Calcutta medical institutions reports 1892-1900
Year: 1892
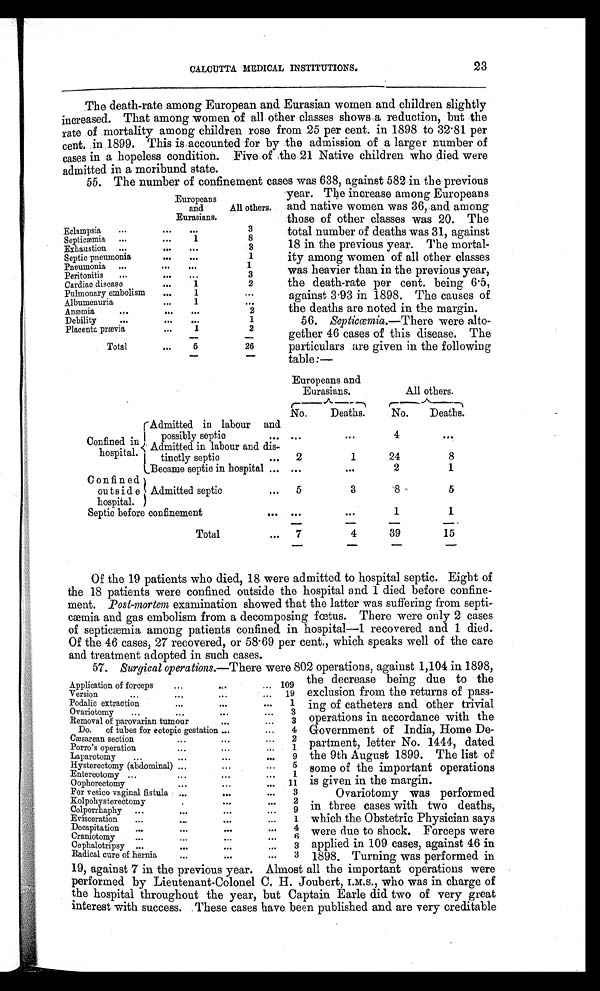
23
CALCUTTA MEDICAL INSTITUTIONS.
The death-rate among European and Eurasian women and children slightly
increased. That among women of all other classes shows a reduction, but the
rate of mortality among children rose from 25 per cent. in 1898 to 32.81 per
cent. in 1899. This is accounted for by the admission of a larger number of
cases in a hopeless condition. Five of the 21 Native children who died were
admitted in a moribund. state.
55. The number of confinement cases was 638, against 582 in the previous
Europeans
and
Eurasians.
All others.
Eclampsia
...
. . .
. . .
3
Septicæmia ...
. . .
1
8
Exhaustion ...
. . .
. . .
3
Septic pneumonia
. . . . . .
1
Pneumonia ...
...
. . .
1
Peritonitis ...
. . . ...
3
Cardiac disease
...
1
2
Pulmonary embolism
. . .
1
. . .
Albumenuria
...
1
. . .
Anæmia
...
. . .
. . .
2
Debility
...
...
...
1
Placenta prævia
. . .
1
2
Total
. . .
5
26
year. The increase among Europeans
and native women was 36, and among
those of other classes was 20. The
total number of deaths was 31, against
18 in the previous year. The mortal-
ity among women of all other classes
was heavier than in the previous year,
the death-rate per cent. being 6.5,
against 3.93 in 1898. The causes of
the deaths are noted in the margin.
56. Sept i cœmi a. —T h e r e
were alto-
gether 46 cases of this disease. The
particulars are given in the following
table:—
Europeans and
Eurasians.
All others.
No.
Deaths.
No.
Deaths.
Confined in hospital.
Admitted in labour and
possibly septic ...
. . . . . .
4
...
Admitted in labour and dis-
tinctly septic
... 2
1
24
8
Became septic in hospital ... ...
...
2
1
Confined
outs i d e
hospital.
Admitted septic
... 5
3
8
5
Septic before confinement
. . .
. . .
. . .
1
1
Total
... 7
4
39
15
Of the 19 patients who died, 18 were admitted to hospital septic. Eight of
the 18 patients were confined outside the hospital and 1 died before confine-
ment. Post-mortem examination showed that the latter was suffering from septi
-cæmia and gas embolism from a decomposing fœtus. There were only 2 cases
of septicæmia among patients confined in hospital—1 recovered and 1 died.
Of the 46 cases, 27 recovered, or 58.69 per cent., which speaks well of the care
and treatment adopted in such cases.
57. Surgical operations.—There were 802 operations, against 1,104 in 1898,
the decrease being due to the
exclusion from the returns of pass-
ing of catheters and other trivial
operations in accordance with the
Government of India, Home De-
partment, letter No. 1444, dated
the 9th August 1899. The list of
some of the important operations
is given in the margin.
Ovariotomy was performed
in three cases with two deaths,
which the Obstetric Physician says
were due to shock. Forceps were
applied in 109 cases, against 46 in
1898. Turning was performed in
19, against 7 in the previous year. Almost all the important operations were
performed by Lieutenant-Colonel C. H. Joubert, I.M.S., who was in charge of
the hospital throughout the year, but Captain Earle did two of very great
interest with success. These cases have been published and are very creditable
Application of forceps
...
...
... 109
Version
...
. . .
. . .
... 19
Podalic extraction
. . .
...
. . . 1
Ovariotomy ...
. . .
...
... 3
Removal of parovarian tumour
. . .
. . . 3
Do. of tubes for ectopic gestation ..
. . . 4
Cæsarean section
...
. . .
... 2
Porro's operation
. . .
...
... 1
Laparotomy ...
. . .
...
. . . 9
Hysterectomy (abdominal) ...
...
. . . 5
Entereotomy ...
...
. . .
... 1
Oophorectomy
. . .
...
. . . 11
For vesico vaginal fistula
. . .
. . .
. . . 3
Kolpohysterectomy
. . .
. . .
. . . 2
Colporrhaphy ...
. . .
. . .
. . .
9
E v i s c e r a t i o n
. . .
. . .
. . .
. . .
1
Decapitation ...
. . .
. . .
. . .
4
Craniotomy
...
...
. . .
. . .
6
Cephalotripsy ...
. . .
. . .
. . . 3
Radical cure of hernia
. . .
. . .
. . . 3